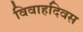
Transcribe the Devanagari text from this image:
विवाहदिवस